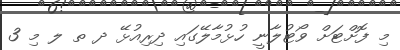
މި ފޮށްޓަށް ވޯޓުލާނީ ހުޅުމާލޭގައި ދިރިއުޅޭ ދ ތ ލ މި 3